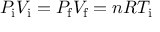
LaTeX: P _ { \mathrm { i } } V _ { \mathrm { i } } = P _ { \mathrm { f } } V _ { \mathrm { f } } = n R T _ { \mathrm { i } }